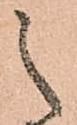
之